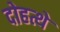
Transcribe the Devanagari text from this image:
दोहत्थे